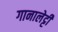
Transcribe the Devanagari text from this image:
गानालेट्टी